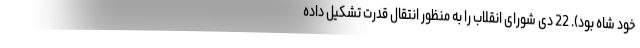
خود شاه بود). 22 دی شورای انقلاب را به منظور انتقال قدرت تشکیل داده